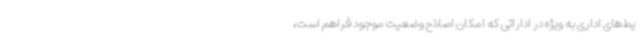
یط‌های اداری به ویژه در اداراتی که امکان اصلاح وضعیت موجود فراهم است،